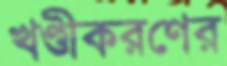
খণ্ডীকরণের